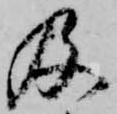
及